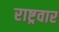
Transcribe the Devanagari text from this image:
राष्ट्रवार